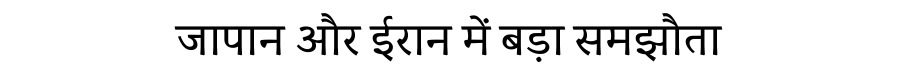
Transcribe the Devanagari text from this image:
जापान और ईरान में बड़ा समझौता